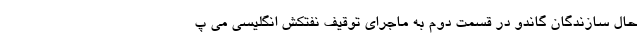
حال سازندگان گاندو در قسمت دوم به ماجرای توقیف نفتکش انگلیسی می پ